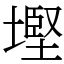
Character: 𡐖